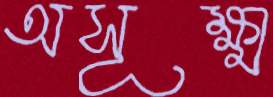
অসূক্ষ্ম